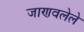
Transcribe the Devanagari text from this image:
जाणवलेले